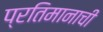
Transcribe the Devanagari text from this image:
प्रतिमानाची